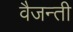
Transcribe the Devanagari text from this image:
वैजन्ती